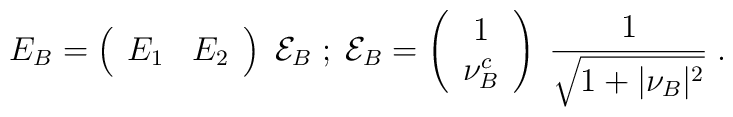
E_B=\left(\begin{array}{cc}E_1 & E_2\end{array}\right)\;{\cal E}_B\;;\;{\cal E}_B=\left(\begin{array}{c}1 \\ \nu_B^c\end{array}\right)\;{1\over\sqrt{1+\vert\nu_B\vert^2}}\;.